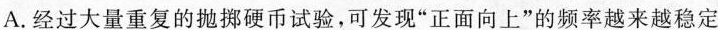
A. 经过大量重复的抛掷硬币试验，可发现”正面向上”的频率越来越稳定